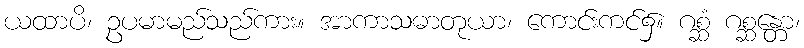
ယထာပိ၊ ဥပမာမည်သည်ကား။ အာကာသဓာတုယာ၊ ကောင်းကင်၌။ ဂစ္ဆံ ဂစ္ဆန္တော၊